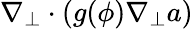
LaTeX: \nabla_{\perp}\cdot(g(\phi)\nabla_{\perp}a)